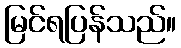
မြင်ရပြန်သည်။